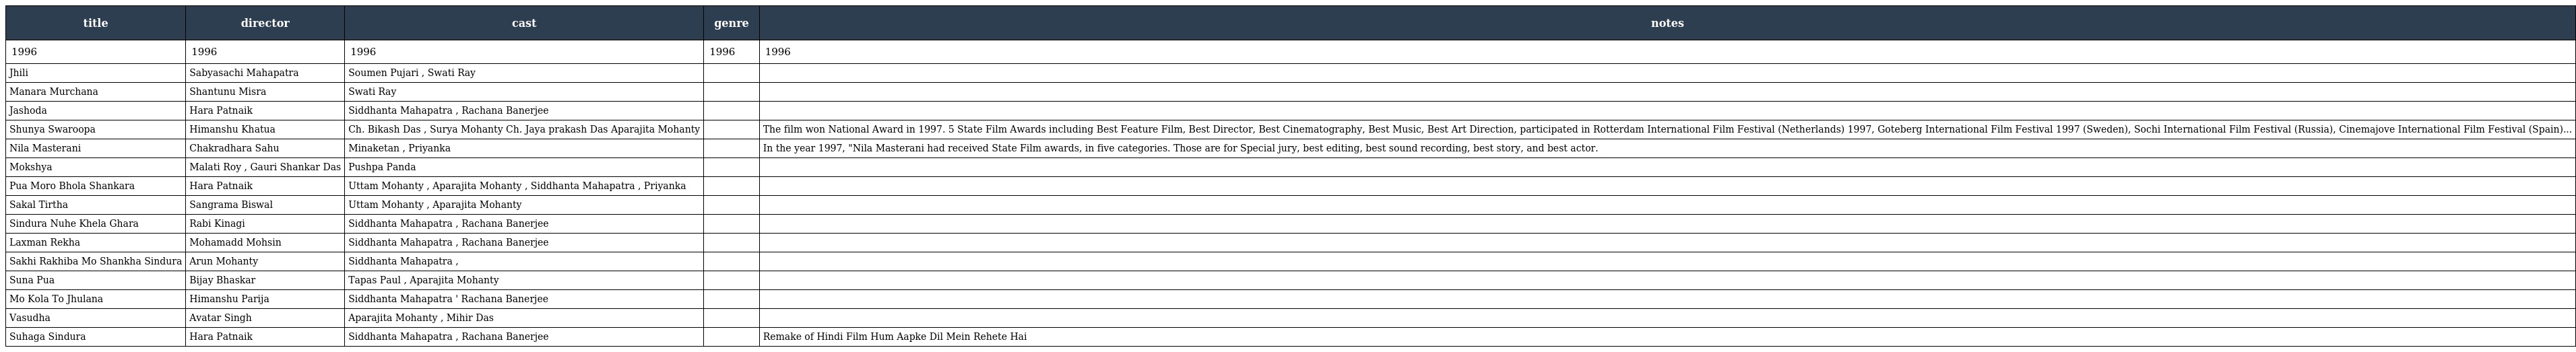
| title | director | cast | genre | notes |
 | --- | --- | --- | --- | --- |
 | 1996 | 1996 | 1996 | 1996 | 1996 |
 | Jhili | Sabyasachi Mahapatra | Soumen Pujari , Swati Ray |  |  |
 | Manara Murchana | Shantunu Misra | Swati Ray |  |  |
 | Jashoda | Hara Patnaik | Siddhanta Mahapatra , Rachana Banerjee |  |  |
 | Shunya Swaroopa | Himanshu Khatua | Ch. Bikash Das , Surya Mohanty Ch. Jaya prakash Das Aparajita Mohanty |  | The film won National Award in 1997. 5 State Film Awards including Best Feature Film, Best Director, Best Cinematography, Best Music, Best Art Direction, participated in Rotterdam International Film Festival (Netherlands) 1997, Goteberg International Film Festival 1997 (Sweden), Sochi International Film Festival (Russia), Cinemajove International Film Festival (Spain)... |
 | Nila Masterani | Chakradhara Sahu | Minaketan , Priyanka |  | In the year 1997, "Nila Masterani had received State Film awards, in five categories. Those are for Special jury, best editing, best sound recording, best story, and best actor. |
 | Mokshya | Malati Roy , Gauri Shankar Das | Pushpa Panda |  |  |
 | Pua Moro Bhola Shankara | Hara Patnaik | Uttam Mohanty , Aparajita Mohanty , Siddhanta Mahapatra , Priyanka |  |  |
 | Sakal Tirtha | Sangrama Biswal | Uttam Mohanty , Aparajita Mohanty |  |  |
 | Sindura Nuhe Khela Ghara | Rabi Kinagi | Siddhanta Mahapatra , Rachana Banerjee |  |  |
 | Laxman Rekha | Mohamadd Mohsin | Siddhanta Mahapatra , Rachana Banerjee |  |  |
 | Sakhi Rakhiba Mo Shankha Sindura | Arun Mohanty | Siddhanta Mahapatra , |  |  |
 | Suna Pua | Bijay Bhaskar | Tapas Paul , Aparajita Mohanty |  |  |
 | Mo Kola To Jhulana | Himanshu Parija | Siddhanta Mahapatra ' Rachana Banerjee |  |  |
 | Vasudha | Avatar Singh | Aparajita Mohanty , Mihir Das |  |  |
 | Suhaga Sindura | Hara Patnaik | Siddhanta Mahapatra , Rachana Banerjee |  | Remake of Hindi Film Hum Aapke Dil Mein Rehete Hai |